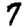
Digit: 7